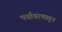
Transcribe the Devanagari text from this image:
पर्यावरणातून